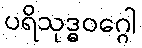
ပရိသုဒ္ဓဝဂ္ဂေါ